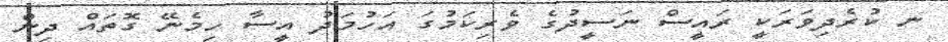
ނ ކުރެދިވަރަކީ ރައީސް ނަސީދުގެ ވެރިކަމުގަ އަހުމަދު އީސާ ހިމެނޭ ގޮތައް ދިން